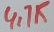
Text: 4.7K